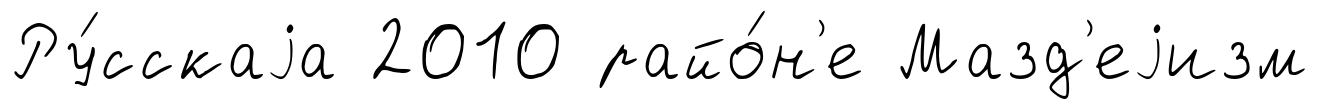
Ру́сскаjа 2010 райо́н'е Мазд'еjизм